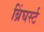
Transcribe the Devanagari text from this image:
ब्रिंघर्स्‍ट